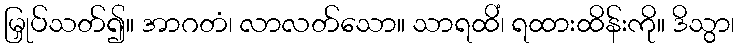
မြှုပ်သတ်၍။ အာဂတံ၊ လာလတ်သော။ သာရထိံ၊ ရထားထိန်းကို။ ဒိသွာ၊